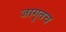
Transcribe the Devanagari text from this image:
जागृतच